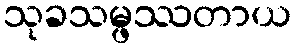
သုခသမ္ဖဿတာယ